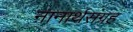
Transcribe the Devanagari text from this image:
नानार्थसंग्रह